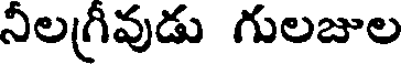
నీలగ్రీవుడు గులజుల